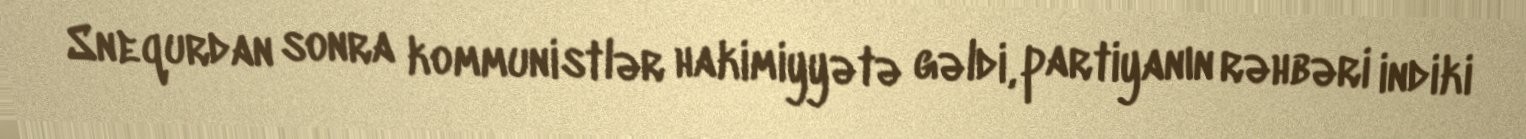
Snequrdan sonra kommunistlər hakimiyyətə gəldi, partiyanın rəhbəri indiki